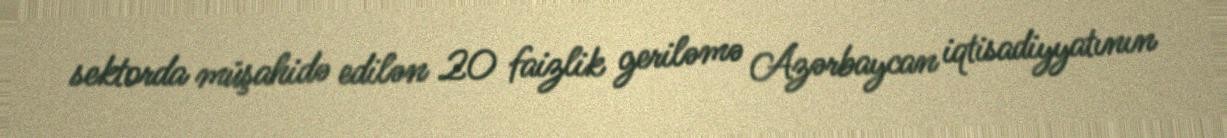
sektorda müşahidə edilən 20 faizlik geriləmə Azərbaycan iqtisadiyyatının